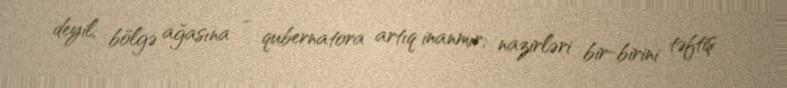
deyil; bölgə ağasına - qubernatora artıq inanmır; nazirləri bir-birini təftiş